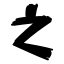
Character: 之